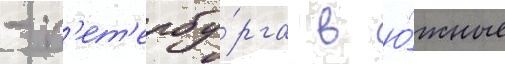
- п'ет'ербу́рга в ю́жные